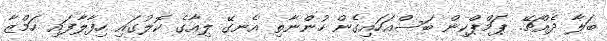
ބަލާ ދެއްޗޭ. ޕަމްޕްކިން ބަސްއަހައިގެން ހުންނާތި އެނގޭ ލިއާގެ ކޮލުގައި ހިފާލާފައި ހަމްޒާ